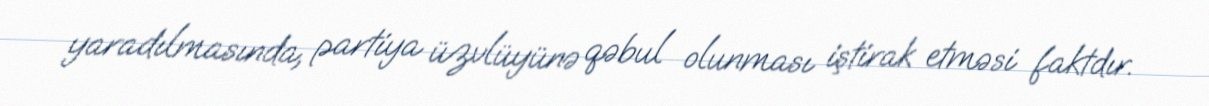
yaradılmasında, partiya üzvlüyünə qəbul olunması iştirak etməsi faktdır.